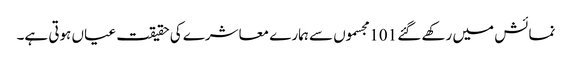
نمائش میں رکھے گئے 101 مجسموں سے ہمارے معاشرے کی حقیقت عیاں ہوتی ہے۔